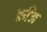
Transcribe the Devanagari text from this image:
क्राँज